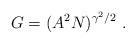
LaTeX: \begin{align*}G = (A^2 N)^{\gamma^2/2} \ .\end{align*}